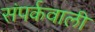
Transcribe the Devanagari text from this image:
संपर्कवाली